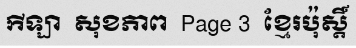
កីឡា  សុខភាព  Page 3  ខ្មែរប៉ុស្តិ៍